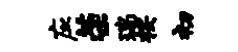
应荣瑞按初